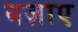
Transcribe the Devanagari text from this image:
बज़ाए